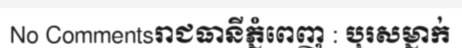
No Commentsរាជធានីភ្នំពេញ : បុរសម្នាក់